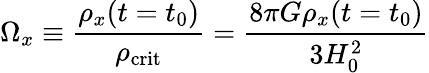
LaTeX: \Omega_{x}\equiv{\frac{\rho_{x}(t=t_{0})}{\rho_{\mathrm{crit}}}}={\frac{8\pi G\rho_{x}(t=t_{0})}{3H_{0}^{2}}}